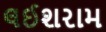
લઈશરામ